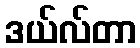
ဒယ်လ်တာ